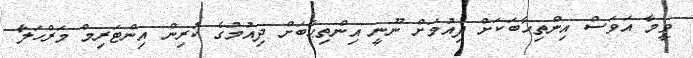
ވީމާ އަވަސް އިންތިޙާބަކަށް ދިއުމަށް ނޫނީ އިންތިޙާބަށް ދިއުމުގެ ކުރިން އިންޓަރިމް މަރްހަލާ